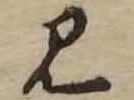
み